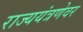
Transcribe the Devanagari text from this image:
राज्ययंत्रणेवर